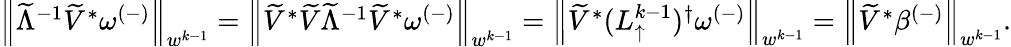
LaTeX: \begin{array}{r}{\left\lVert\widetilde{\Lambda}^{-1}\widetilde{V}^{*}\omega^{(-)}\right\rVert_{w^{k-1}}=\left\lVert\widetilde{V}^{*}\widetilde{V}\widetilde{\Lambda}^{-1}\widetilde{V}^{*}\omega^{(-)}\right\rVert_{w^{k-1}}=\left\lVert\widetilde{V}^{*}(L_{\uparrow}^{k-1})^{\dagger}\omega^{(-)}\right\rVert_{w^{k-1}}=\left\lVert\widetilde{V}^{*}\beta^{(-)}\right\rVert_{w^{k-1}}.}\end{array}